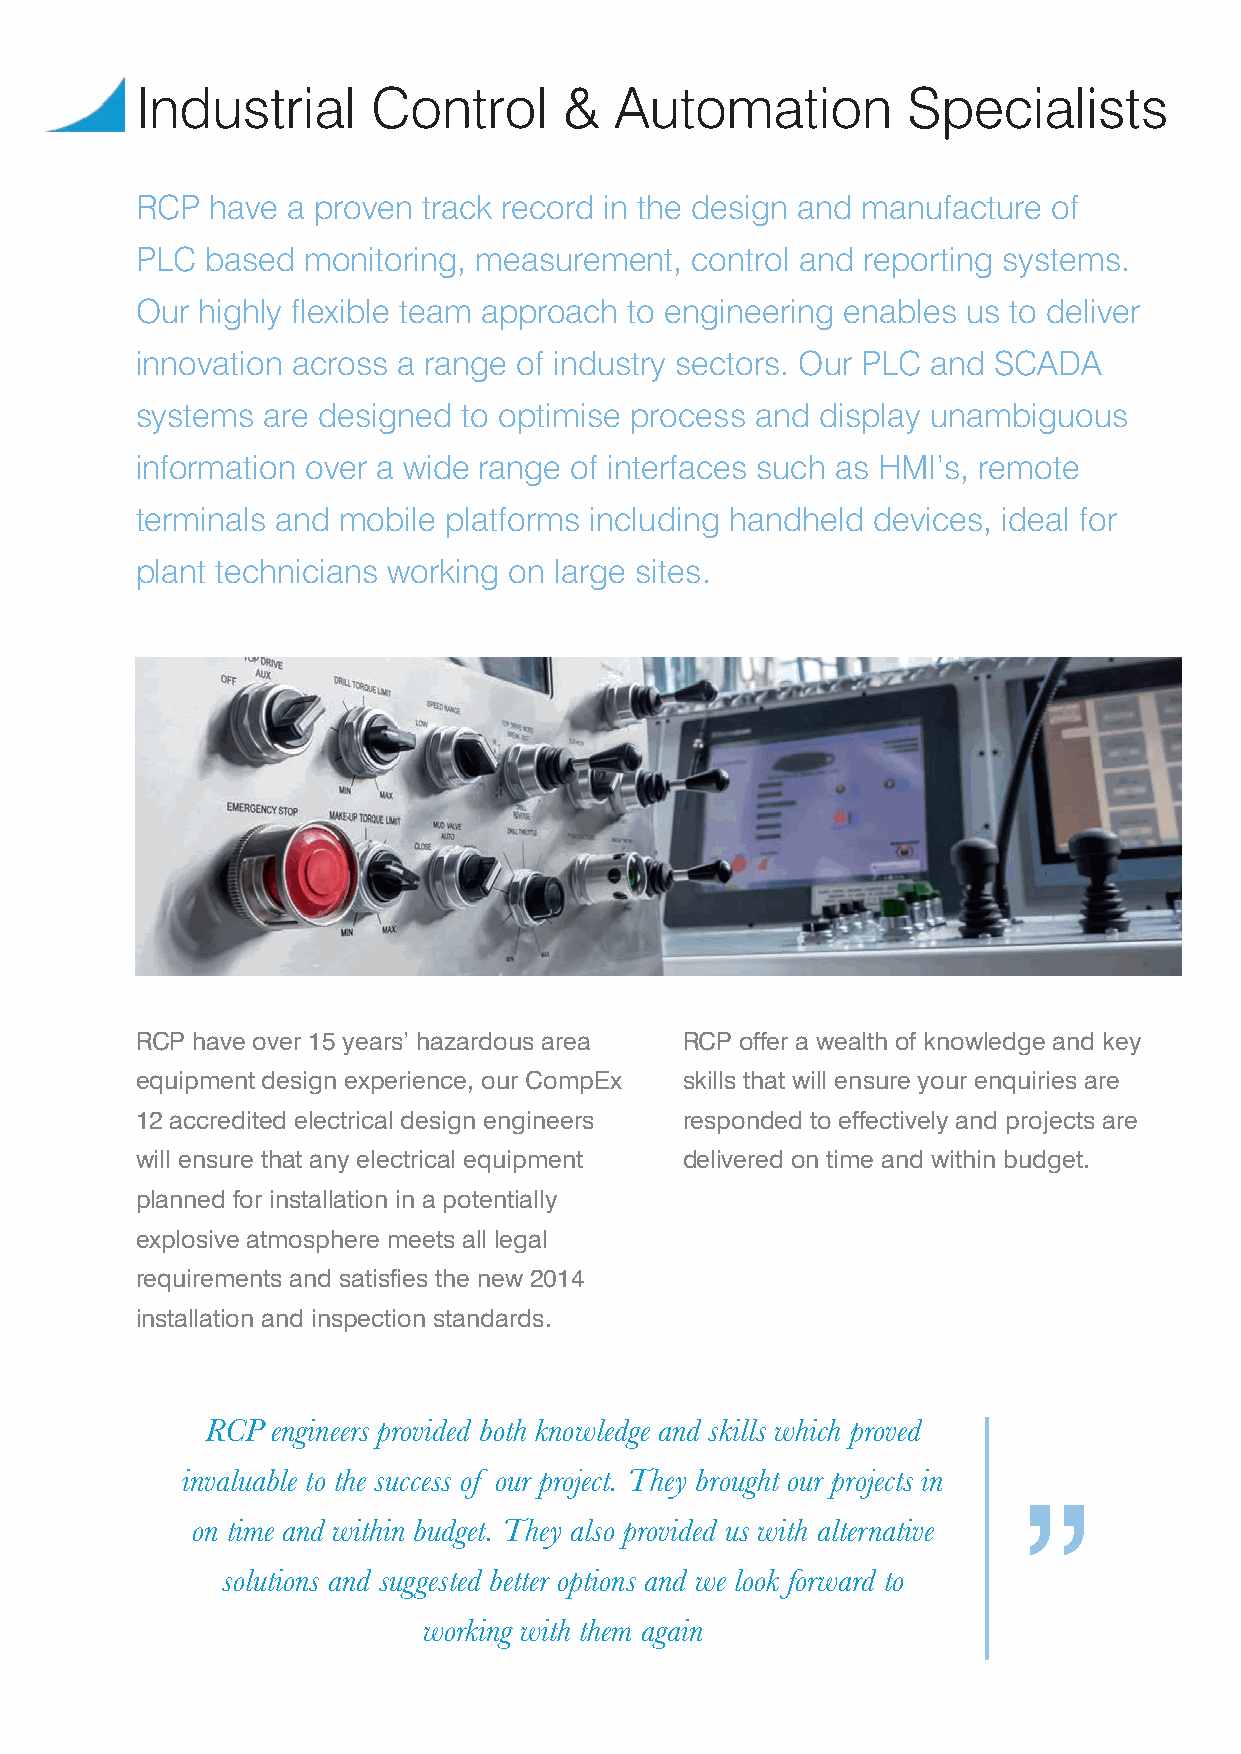
Industrial      Control     &   Automation         Specialists
 RCP  have a proven track record in the design and manufacture of
 PLC  based monitoring, measurement,  control and reporting systems.
 Our highly flexible team approach to engineering enables us to deliver
 innovation across a range of industry sectors. Our PLC and SCADA
 systems are designed  to optimise process and display unambiguous
 information over a wide range of interfaces such as HMI’s, remote
 terminals and mobile platforms including handheld devices, ideal for
 plant technicians working on large sites.
 RCP have over 15 years’ hazardous area RCP offer a wealth of knowledge and key
 equipment design experience, our CompEx skills that will ensure your enquiries are
 12 accredited electrical design engineers responded to effectively and projects are
 will ensure that any electrical equipment delivered on time and within budget.
 planned for installation in a potentially
 explosive atmosphere meets all legal
 requirements and satisfies the new 2014
 installation and inspection standards.
 RCP engineers provided both knowledge and skills which proved
 invaluable to the success of our project. They brought our projects in
 ”
 on time and within budget. They also provided us with alternative
 solutions and suggested better options and we look forward to
 working with them again